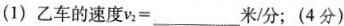
(1)乙车的速度fv_{2} = ___米/分；(4分)